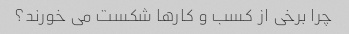
چرا برخی از کسب و کارها شکست می خورند؟